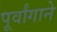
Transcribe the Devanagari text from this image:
पूर्वांगाने